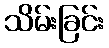
သိမ်းခြင်း